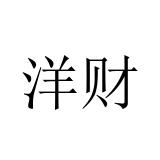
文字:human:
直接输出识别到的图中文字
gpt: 洋财